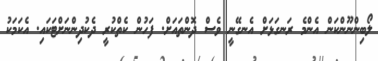
ލޯބިންނޫންކަން އެންމެ ރަނގަޅަށް އެނގޭނީ ވެސް ދޮންތައަށް. ފަހުން ކެތްކުރީ ދެކުދިންނަށްޓަކައި. އެކަމަކު